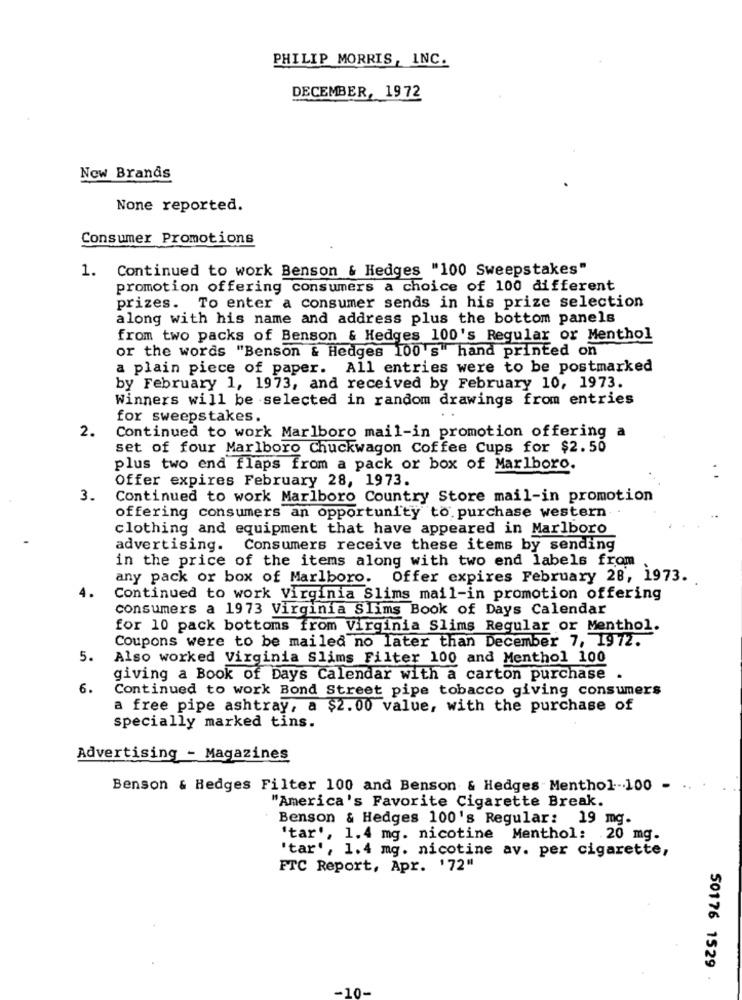
PHILIP MORRIS, INC.
DECEMBER, 1972
New Brands
None reported.
Consumer Promotions
1. Continued to work Benson & Hedges "100 Sweepstakes"
promotion offering consumers a choice of 100 different
prizes. To enter a consumer sends in his prize selection
along with his name and address plus the bottom panels
from two packs of Benson & Hedges 100's Regular or Menthol
or the words "Benson & Hedges 100's hand printed on
a plain piece of paper. All entries were to be postmarked
by February 1, 1973, and received by February 10, 1973.
Winners will be selected in random drawings from entries
for sweepstakes.
2.
Continued to work Marlboro mail-in promotion offering a
set of four Marlboro Chuckwagon Coffee Cups for $2.50
plus two end flaps from a pack or box of Marlboro.
Offer expires February 28, 1973.
3.
Continued to work Marlboro Country Store mail-in promotion
offering consumers an opportunity to purchase western
clothing and equipment that have appeared in Marlboro
advertising. Consumers receive these items by sending
in the price of the items along with two end labels from
any pack or box of Marlboro. Offer expires February 28, 1973.
4.
Continued to work Virginia Slims mail-in promotion offering
consumers a 1973 Virginia Slims Book of Days Calendar
for 10 pack bottoms from Virginia Slims Regular or Menthol.
Coupons were to be mailed no later than December 7, 1972.
5.
Also worked Virginia Slims Filter 100 and Menthol 100
giving a Book of Days Calendar with a carton purchase .
6.
Continued to work Bond Street pipe tobacco giving consumers
a free pipe ashtray, a $2.00 value, with the purchase of
specially marked tins.
Advertising - Magazines
Benson & Hedges Filter 100 and Benson & Hedges Menthol-100 -
"America's Favorite Cigarette Break.
Benson & Hedges 100's Regular: 19 mg.
'tar', 1.4 mg. nicotine Menthol: 20 mg.
'tar', 1.4 mg. nicotine av. per cigarette,
FTC Report, Apr. '72"
50176 1529
-10-